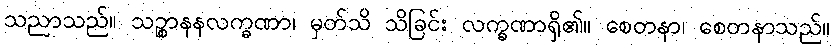
သညာသည်။ သဉ္စာနနလက္ခဏာ၊ မှတ်သိ သိခြင်း လက္ခဏာရှိ၏။ စေတနာ၊ စေတနာသည်။